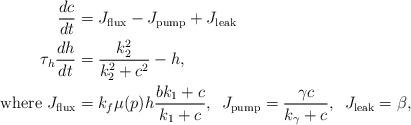
LaTeX: \begin{align*}\frac{dc}{dt}&=J_{\rm flux}-J_{\rm pump}+J_{\rm leak}\\\tau_h\frac{dh}{dt}&=\frac{k^2_2}{k^2_2+c^2}-h,\\\textrm{where }J_{\rm flux}&=k_f\mu(p)h\frac{bk_1+c}{k_1+c},\,\,\,J_{\rm pump}=\frac{\gamma c}{k_{\gamma}+c},\,\,\,J_{\rm leak}=\beta,\end{align*}